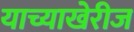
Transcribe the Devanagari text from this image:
याच्याखेरीज